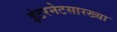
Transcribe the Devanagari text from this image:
इंटरनेटसारख्या